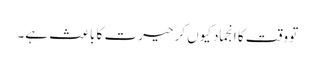
تو وقت کا انجماد کیوں کر حیرت کا باعث ہے۔